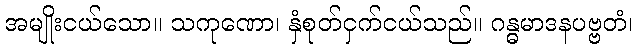
အမျိုးငယ်သော။ သကုဏော၊ နှံစုတ်ငှက်ငယ်သည်။ ဂန္ဓမာဒနပဗ္ဗတံ၊